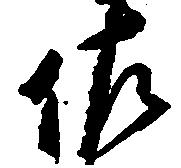
佐